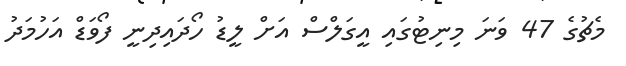
މެޗުގެ 47 ވަނަ މިނިޓުގައި އީގަލްސް އަށް ލީޑު ހޯދައިދިނީ ފޯވަޑް އަހުމަދު